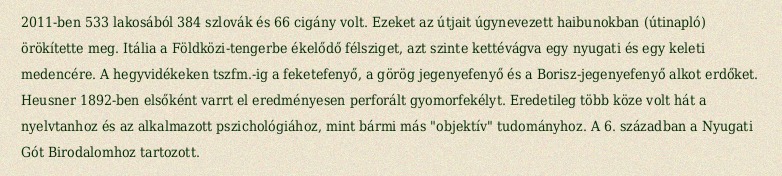
2011-ben 533 lakosából 384 szlovák és 66 cigány volt. Ezeket az útjait úgynevezett haibunokban (útinapló) örökítette meg. Itália a Földközi-tengerbe ékelődő félsziget, azt szinte kettévágva egy nyugati és egy keleti medencére. A hegyvidékeken tszfm.-ig a feketefenyő, a görög jegenyefenyő és a Borisz-jegenyefenyő alkot erdőket. Heusner 1892-ben elsőként varrt el eredményesen perforált gyomorfekélyt. Eredetileg több köze volt hát a nyelvtanhoz és az alkalmazott pszichológiához, mint bármi más "objektív" tudományhoz. A 6. században a Nyugati Gót Birodalomhoz tartozott.